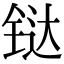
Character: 𫟼